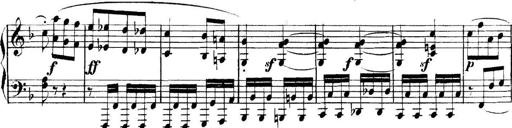
Title: Collected Piano Sonatas
Composer: Muzio Clementi